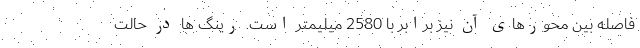
فاصله بین محورهای آن نیز برابر با 2580 میلیمتر است. رینگ ها در حالت